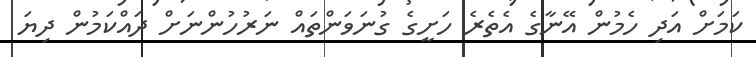
ކަމަށް އަދި ހެމުން އޭނާގެ އެތެރެ ހަށީގެ ގުނަވަންތައް ނަރުހުންނަށް ދައްކަމުން ދިޔަ